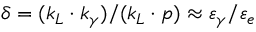
\delta = ( k _ { L } \cdot k _ { \gamma } ) / ( k _ { L } \cdot p ) \approx \varepsilon _ { \gamma } / \varepsilon _ { e }